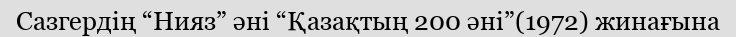
Сазгердің “Нияз” әні “Қазақтың 200 әні”(1972) жинағына